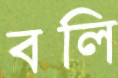
বলি